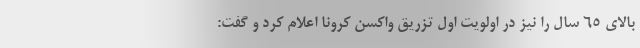
بالای ۶۵ سال را نیز در اولویت اول تزریق واکسن کرونا اعلام کرد و گفت: